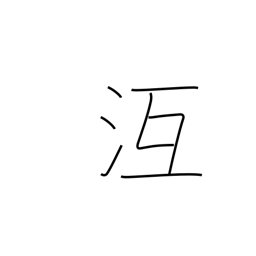
Meaning: freeze over